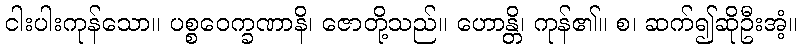
ငါးပါးကုန်သော။ ပစ္စဝေက္ခဏာနိ၊ ဇောတို့သည်။ ဟောန္တိ၊ ကုန်၏။ စ၊ ဆက်၍ဆိုဦးအံ့။